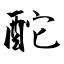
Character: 酡